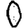
Digit: 0